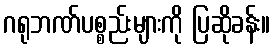
ဂရုဘဏ်ပစ္စည်းများကို ပြဆိုခန်း။